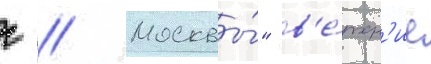
г // Москвы́" в'е́рхн'ие